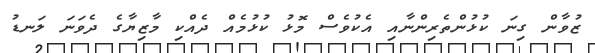
ޒުވާން ގިނަ ކުޅުންތެރިންނާއި އެކުވެސް މޮޅު ކުޅުމެއް ދެއްކި މާޒިޔާގެ ދެވަނަ ލަނޑު